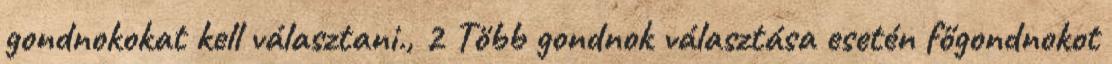
gondnokokat kell választani., 2 Több gondnok választása esetén főgondnokot